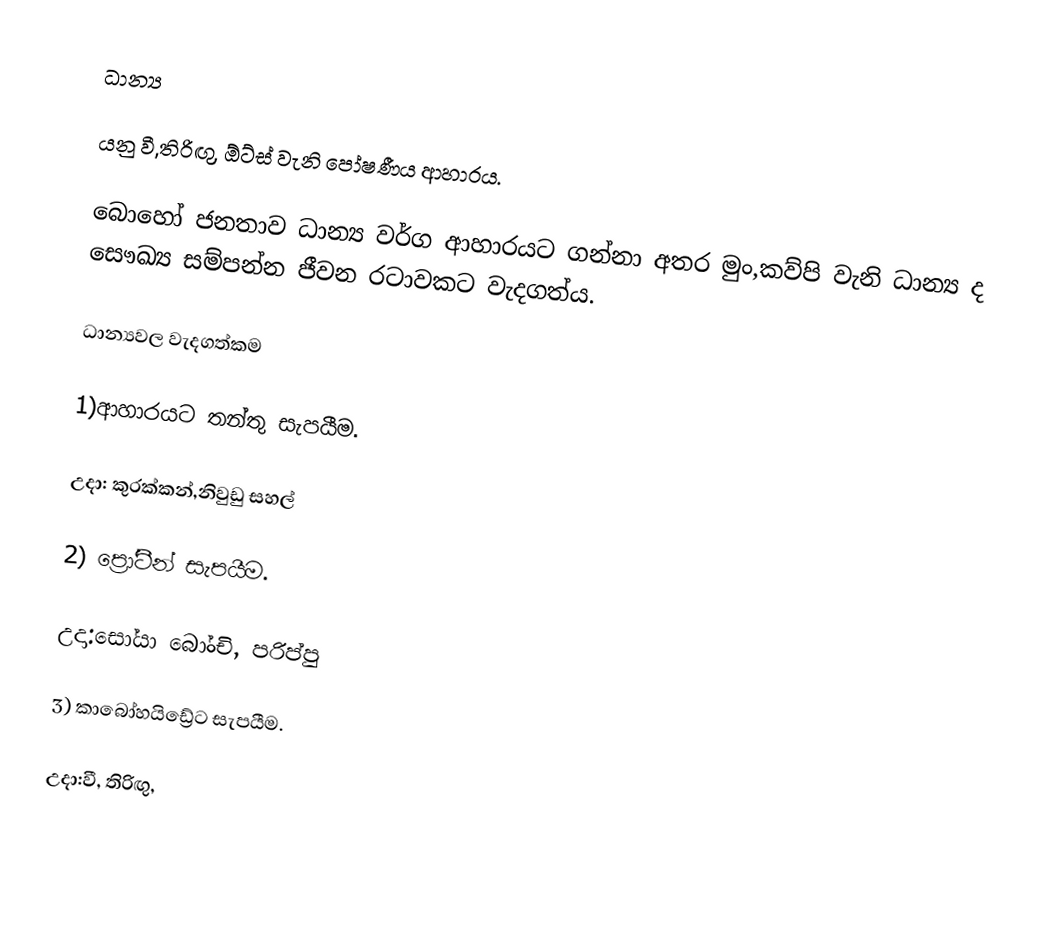
ධාන්‍ය

යනු වී,තිරිඟු, ඕට්ස් වැනි පෝෂණීය ආහාරය.

බොහෝ ජනතාව ධාන්‍ය වර්ග ආහාරයට ගන්නා අතර මුං,කව්පි වැනි ධාන්‍ය ද සෞඛ්‍ය සම්පන්න ජීවන රටාවකට වැදගත්ය.

ධාන්‍යවල වැදගත්කම

1)ආහාරයට තන්තු සැපයීම.

උදා: කුරක්කන්,නිවුඩු සහල්

2) ප්‍රෝටීන් සැපයීම.

උදා:සෝයා බෝංචි, පරිප්පු

3) කාබෝහයිඩ්‍රේට සැපයීම.

උදා:වී, තිරිඟු,